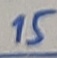
Text: 15